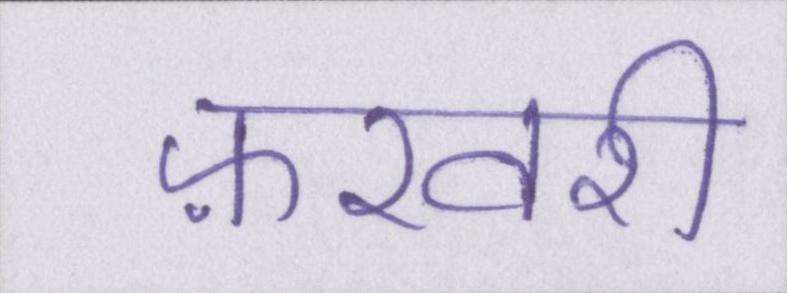
फ़रवरी